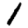
Digit: 1